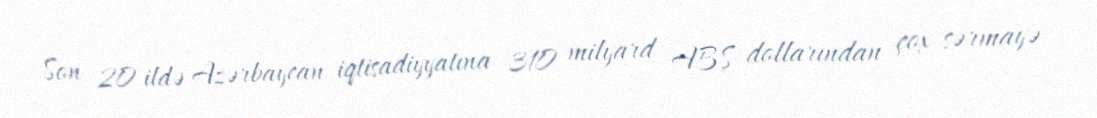
Son 20 ildə Azərbaycan iqtisadiyyatına 310 milyard ABŞ dollarından çox sərmayə